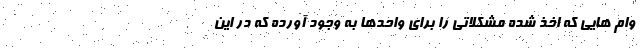
وام هایی که اخذ شده مشکلاتی را برای واحدها به وجود آورده که در این